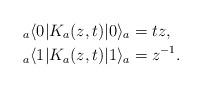
LaTeX: \begin{align*}{}_a \langle 0| K_{a}(z,t)|0 \rangle_a&=tz, \\{}_a \langle 1| K_{a}(z,t)| 1 \rangle_a&=z^{-1}.\end{align*}